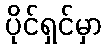
ပိုင်ရှင်မှာ